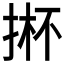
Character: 𱠈